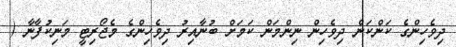
ދިވެހިންގެ ކަންކަން ދިވެހިން ނިންމަން ކަމަށް ބުނާއިރު ދިވެހިންގެ މެޖޯރިޓީ މަނިކުފާނާ (